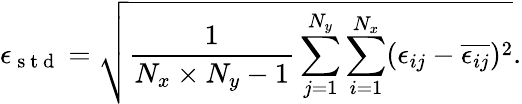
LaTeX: \epsilon_{\mathrm{~s~t~d~}}=\sqrt{\frac{1}{N_{x}\times N_{y}-1}\sum_{j=1}^{N_{y}}\sum_{i=1}^{N_{x}}(\epsilon_{ij}-\overline{{\epsilon_{ij}}})^{2}}.